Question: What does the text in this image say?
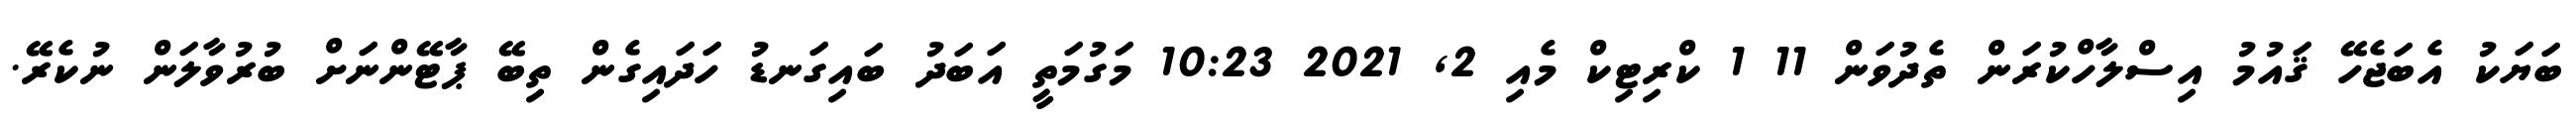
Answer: ބަޔަކު އެބަޖެހޭ ޤައުމު އިސްލާހްކުރަން ތެދުވަން 11 1 ކްރިޓިކް މެއި 2, 2021 10:23 މަގުމަތީ އަބަދު ބައިގަނޑު ހަދައިގެން ތިބޭ ޕާޓޭންނަށް ބުރުވާލަން ނުކެރޭ.